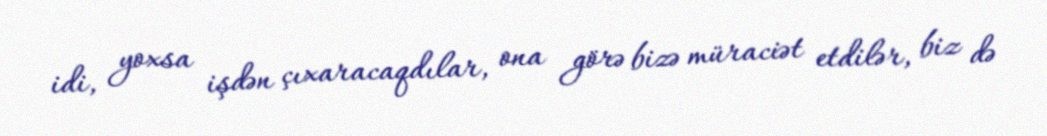
idi, yoxsa işdən çıxaracaqdılar, ona görə bizə müraciət etdilər, biz də